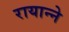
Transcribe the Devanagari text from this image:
रायान्ने